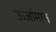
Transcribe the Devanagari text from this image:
ऊर्जामान